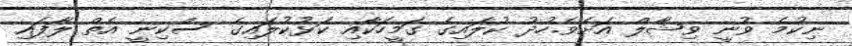
ނިކުމެ ވުނީ ވިޝާލް އަށެވެ.ހުދު ކުލައިގެ ގަމީހަކާއި ކަޅުކުލައިގެ ސްކިނީ އެތް ލާފައި